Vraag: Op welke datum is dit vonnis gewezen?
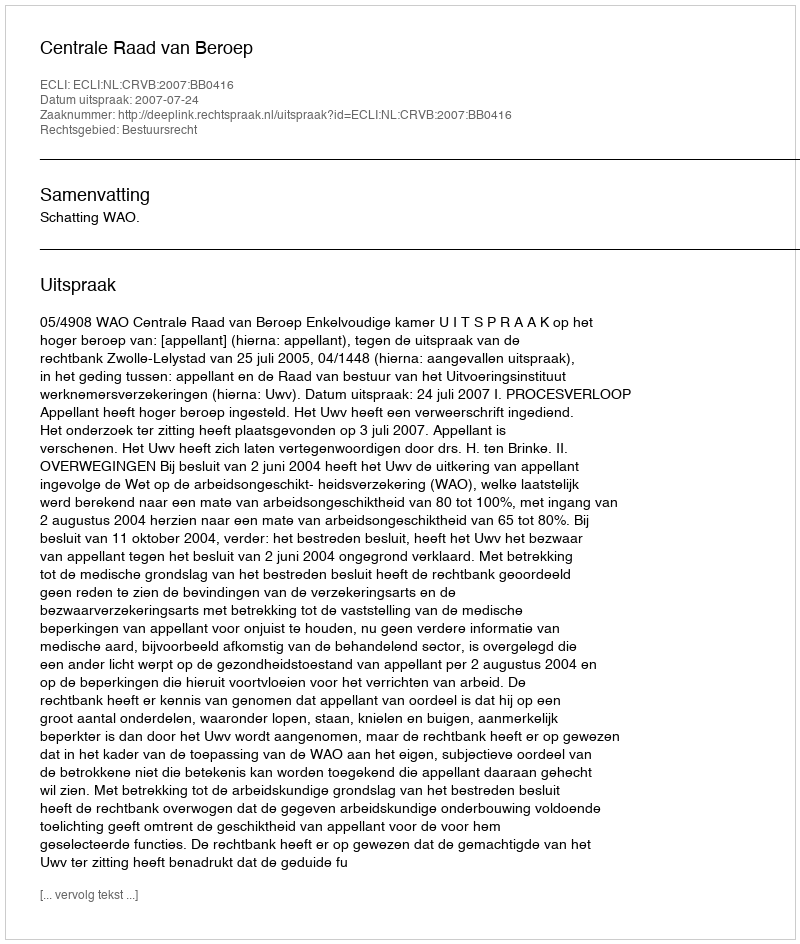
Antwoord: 2007-07-24